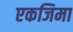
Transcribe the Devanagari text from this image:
एकजिमा